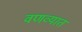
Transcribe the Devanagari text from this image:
वणव्यात